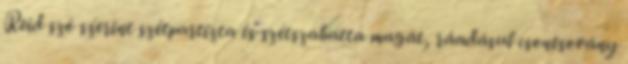
Reid szó szerint szétpartizta és szétszabatta magát, ráadásul csontsovány